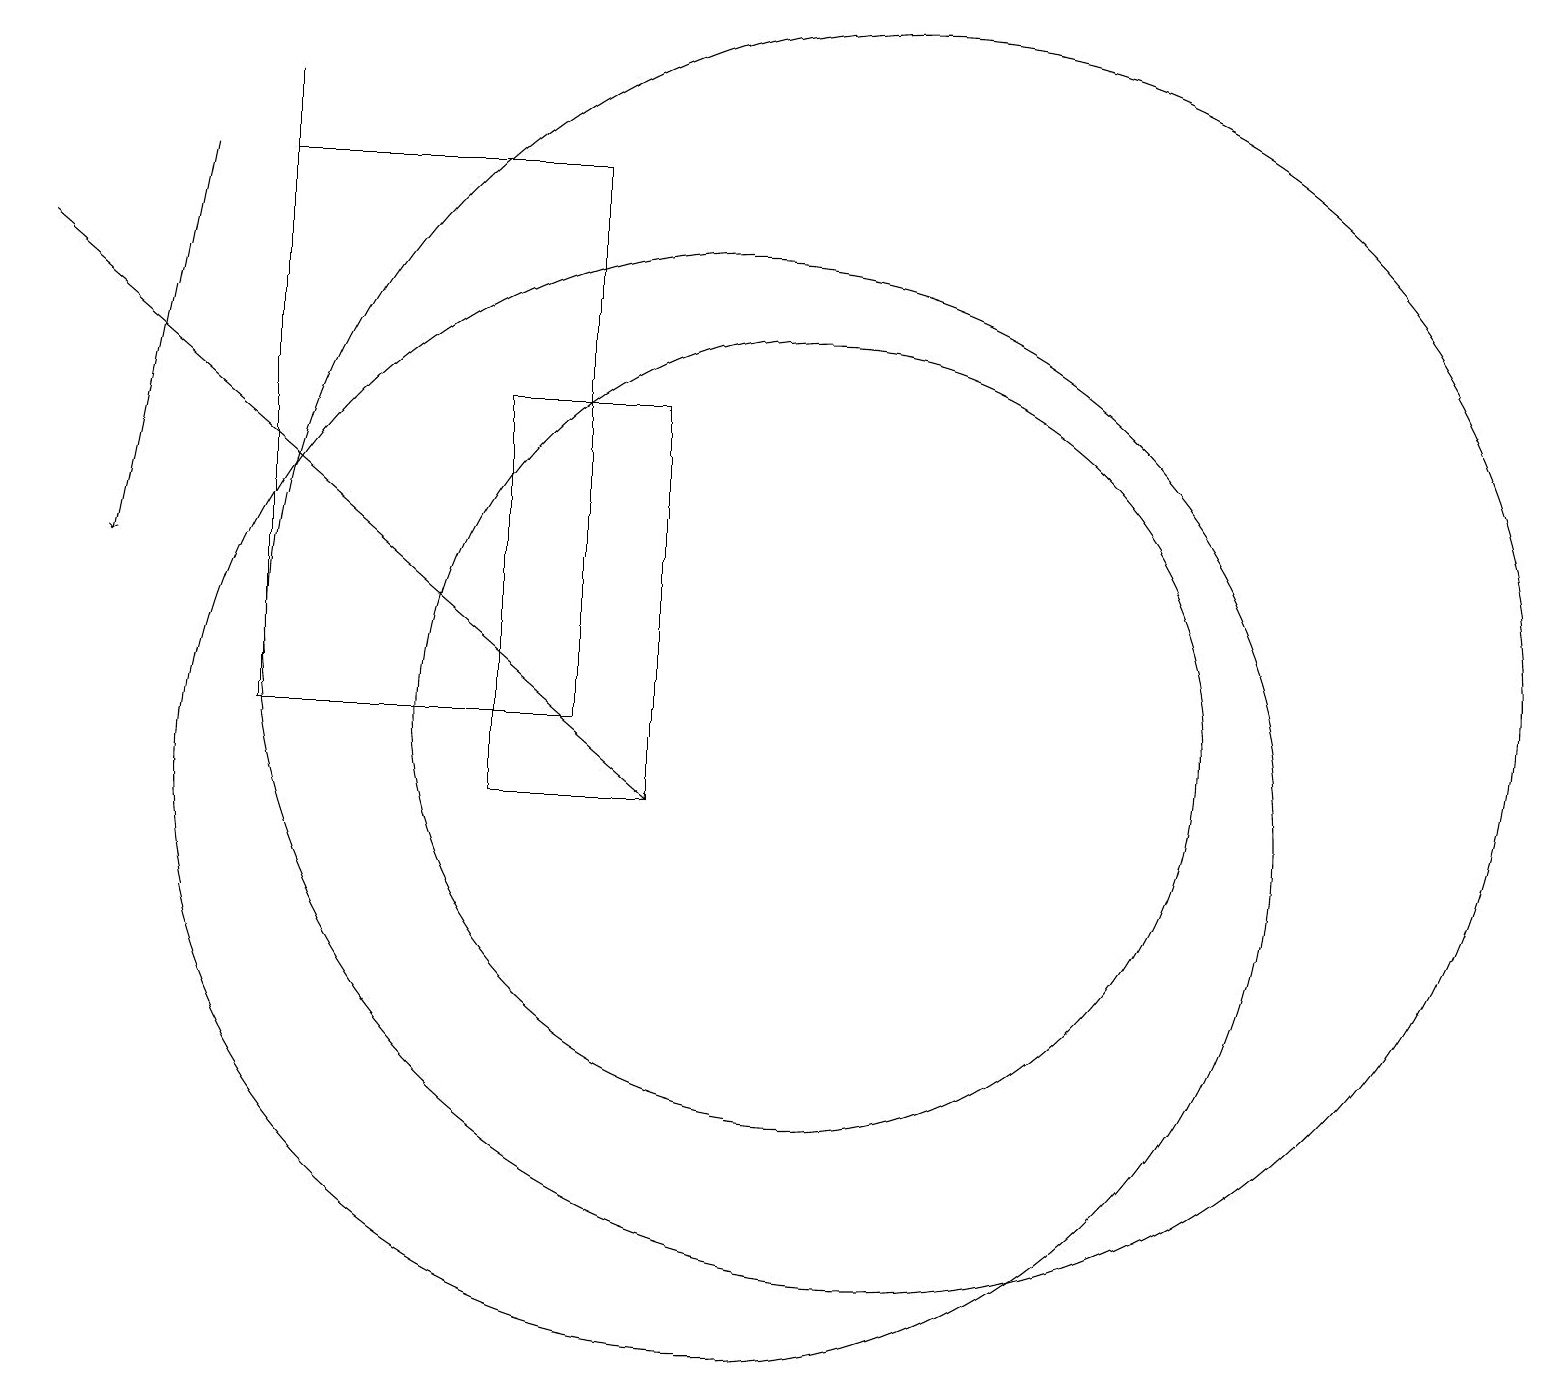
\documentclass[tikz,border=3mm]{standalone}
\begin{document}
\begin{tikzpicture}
\draw (10,10) circle (7);
\draw (4,18) rectangle (8,11);
\draw (4,12) rectangle (4,19);
\draw (11,11) circle (5);
\draw (7,15) rectangle (9,10);
\draw[->] (3,18) -- (2,13);
\draw[->] (1,17) -- (9,10);
\draw (12,12) circle (8);
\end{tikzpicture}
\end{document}